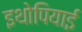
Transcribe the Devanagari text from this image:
इथोपियाई